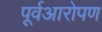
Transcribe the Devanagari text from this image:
पूर्वआरोपण